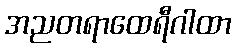
အညတရာထေရီဂါထာ